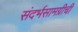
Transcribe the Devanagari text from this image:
संदर्भसामग्रीची